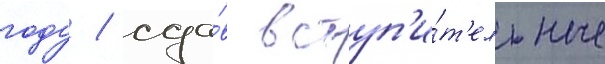
году / сда́в вступ'и́т'ельные